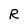
Character: R